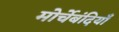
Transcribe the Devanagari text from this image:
मोर्चेबंदियाँ